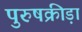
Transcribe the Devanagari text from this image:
पुरुषक्रीड़ा